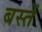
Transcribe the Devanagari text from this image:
बस्‍तें